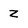
Character: Z